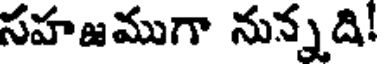
సహజముగా నున్నది!